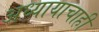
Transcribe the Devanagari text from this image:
अध्यायाचाही